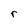
Character: r